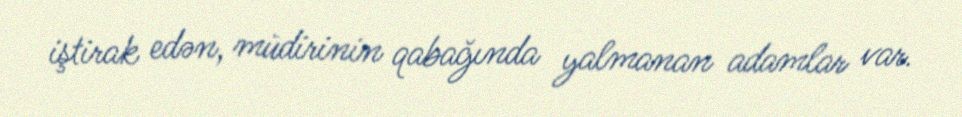
iştirak edən, müdirinin qabağında yalmanan adamlar var.